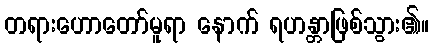
တရားဟောတော်မူရာ နောက် ရဟန္တာဖြစ်သွား၏။